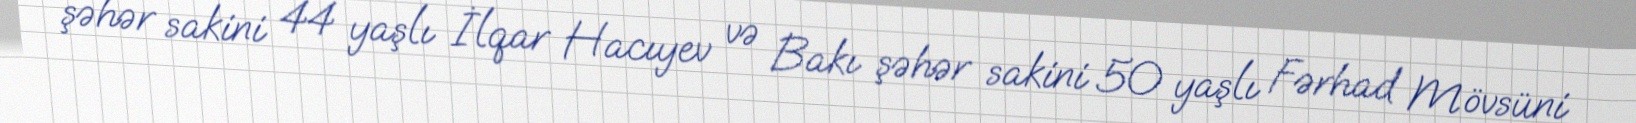
şəhər sakini 44 yaşlı İlqar Hacıyev və Bakı şəhər sakini 50 yaşlı Fərhad Mövsüni